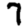
Digit: 7